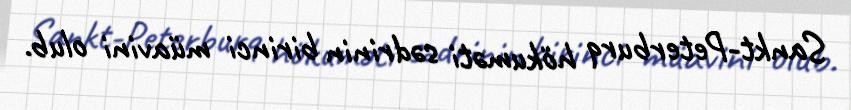
Sankt-Peterburq hökuməti sədrinin birinci müavini olub.